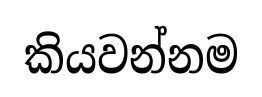
කියවන්නම